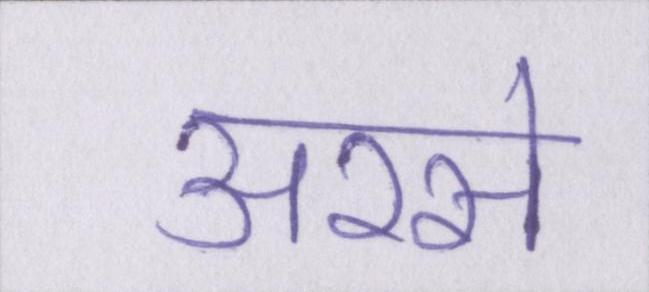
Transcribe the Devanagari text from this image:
अरसे